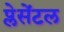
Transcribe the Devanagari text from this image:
प्लेसेंटल